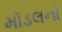
મૉડલનો